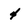
Character: 4